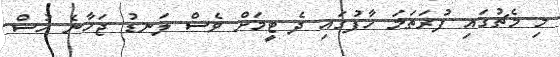
މި މެޗުގައި ފުރަތަމަ ހާފުގައި ދެ ޓީމަށް ވެސް ލަނޑު ޖަހާނެ ހުސް